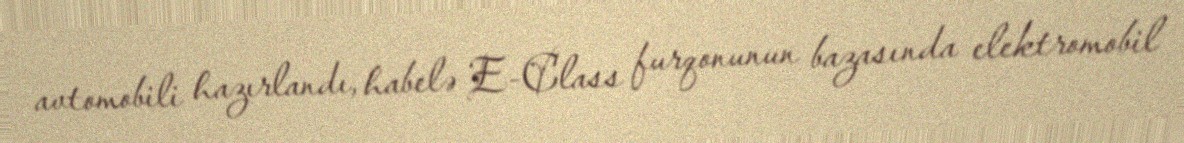
avtomobili hazırlandı, habelə E-Class furqonunun bazasında elektromobil